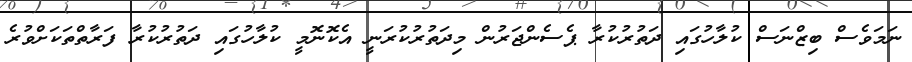
ނަމަވެސް ބިޒްނަސް ކުލާހުގައި ދަތުރުކުރާ ޕެސެންޖަރުން މިދަތުރުކުރަނީ އެކޮނޮމީ ކުލާހުގައި ދަތުރުކުރާ ފަރާތްތަކަށްވުރެ